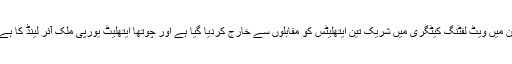
اِن میں ویٹ لفٹنگ کیٹگری میں شریک تین ایتھلیٹس کو مقابلوں سے خارج کردیا گیا ہے اور چوتھا ایتھلیٹ یورپی ملک آئر لینڈ کا ہے۔